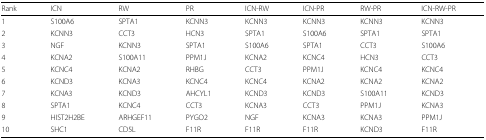
<table><thead><tr><td><b>Rank</b></td><td><b>ICN</b></td><td><b>RW</b></td><td><b>PR</b></td><td><b>ICN-RW</b></td><td><b>ICN-PR</b></td><td><b>RW-PR</b></td><td><b>ICN-RW-PR</b></td></tr></thead><tbody><tr><td>1</td><td>S100A6</td><td>SPTA1</td><td>KCNN3</td><td>KCNN3</td><td>KCNN3</td><td>KCNN3</td><td>KCNN3</td></tr><tr><td>2</td><td>KCNN3</td><td>CCT3</td><td>HCN3</td><td>SPTA1</td><td>S100A6</td><td>SPTA1</td><td>SPTA1</td></tr><tr><td>3</td><td>NGF</td><td>KCNN3</td><td>SPTA1</td><td>S100A6</td><td>SPTA1</td><td>CCT3</td><td>S100A6</td></tr><tr><td>4</td><td>KCNA2</td><td>S100A11</td><td>PPM1J</td><td>KCNA2</td><td>KCNC4</td><td>HCN3</td><td>CCT3</td></tr><tr><td>5</td><td>KCNC4</td><td>KCNA2</td><td>RHBG</td><td>CCT3</td><td>PPM1J</td><td>KCNC4</td><td>KCNC4</td></tr><tr><td>6</td><td>KCND3</td><td>KCNA3</td><td>KCNC4</td><td>KCNC4</td><td>KCNA2</td><td>KCNA2</td><td>KCNA2</td></tr><tr><td>7</td><td>KCNA3</td><td>KCND3</td><td>AHCYL1</td><td>KCND3</td><td>KCND3</td><td>S100A11</td><td>KCND3</td></tr><tr><td>8</td><td>SPTA1</td><td>KCNC4</td><td>CCT3</td><td>KCNA3</td><td>CCT3</td><td>PPM1J</td><td>KCNA3</td></tr><tr><td>9</td><td>HIST2H2BE</td><td>ARHGEF11</td><td>PYGO2</td><td>NGF</td><td>KCNA3</td><td>KCNA3</td><td>PPM1J</td></tr><tr><td>10</td><td>SHC1</td><td>CD5L</td><td>F11R</td><td>F11R</td><td>F11R</td><td>KCND3</td><td>F11R</td></tr></tbody></table>